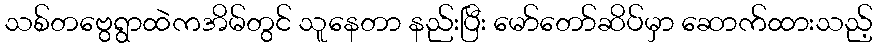
သစ်တဗွေရွာထဲကအိမ်တွင် သူနေတာ နည်းပြီး မော်တော်ဆိပ်မှာ ဆောက်ထားသည့်